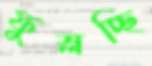
ফুস্‌লচ্ছি